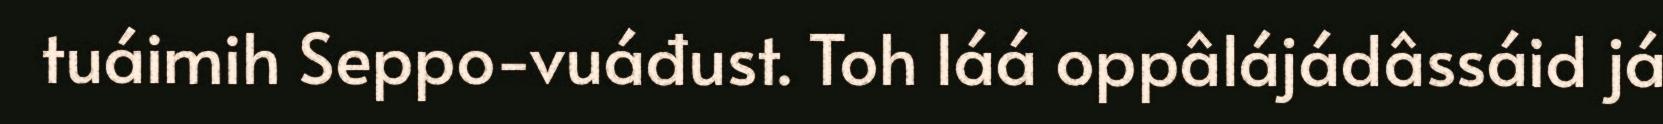
tuáimih Seppo-vuáđust. Toh láá oppâlájádâssáid já